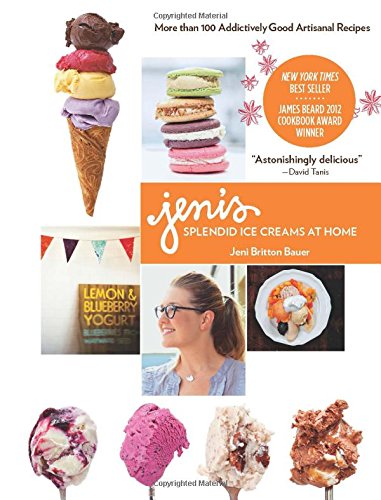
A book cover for Jeni's Splendid Ice Creams at Home; Jeni Britton Bauer; Cookbooks, Food & Wine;